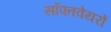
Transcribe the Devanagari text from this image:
सॉफ्तवेयरों